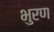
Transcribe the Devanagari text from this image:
भुरण